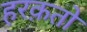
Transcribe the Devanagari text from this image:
हरक़तों